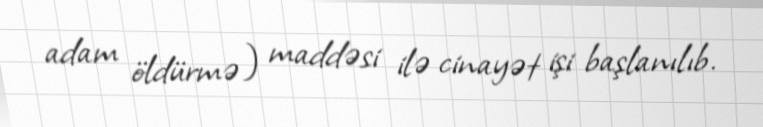
adam öldürmə) maddəsi ilə cinayət işi başlanılıb.